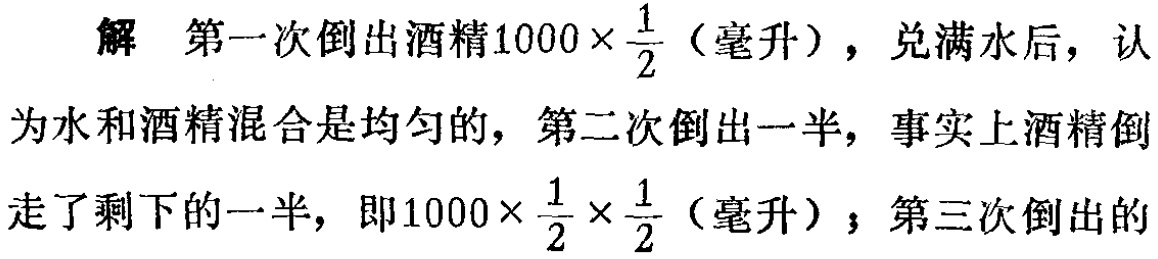
解 第一次倒出酒精\(1000\times\frac{1}{2}\)（毫升），兑满水后，认为水和酒精混合是均匀的，第二次倒出一半，事实上酒精倒走了剩下的一半，即\(1000\times\frac{1}{2}\times\frac{1}{2}\)（毫升）；第三次倒出的